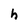
Character: h